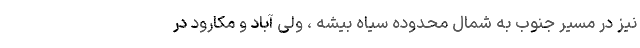
نیز در مسیر جنوب به شمال محدوده سیاه بیشه ، ولی آباد و مکارود در